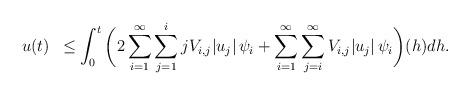
LaTeX: \begin{align*} u(t) &\,\,\, \leq \int_{0}^{t}\bigg(2\sum_{i=1}^{\infty} \sum_{j=1}^{i}j V_{i,j} |u_j|\,\psi_i + \sum_{i=1}^{\infty} \sum_{j=i}^{\infty} V_{i,j} |u_j|\, \psi_i \bigg)(h) dh.\end{align*}